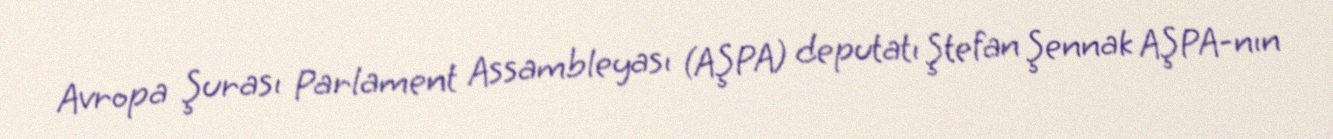
Avropa Şurası Parlament Assambleyası (AŞPA) deputatı Ştefan Şennak AŞPA-nın